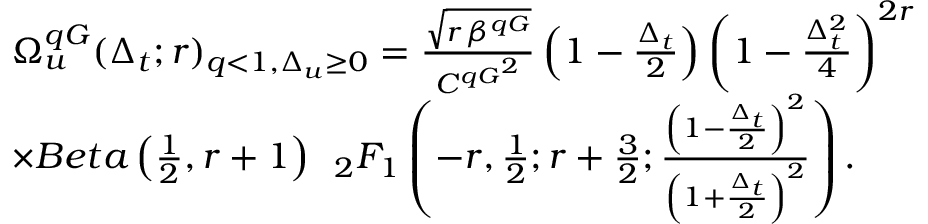
\begin{array} { r l } & { \Omega _ { u } ^ { q G } ( \Delta _ { t } ; r ) _ { q < 1 , \Delta _ { u } \ge 0 } = \frac { \sqrt { r \, \beta ^ { q G } } } { { C ^ { q G } } ^ { 2 } } \left( 1 - \frac { \Delta _ { t } } { 2 } \right) \left( 1 - \frac { \Delta _ { t } ^ { 2 } } { 4 } \right) ^ { 2 r } } \\ & { \times B e t a \left( \frac { 1 } { 2 } , r + 1 \right) \, \ _ { 2 } F _ { 1 } \left( - r , \frac { 1 } { 2 } ; r + \frac { 3 } { 2 } ; \frac { \left( 1 - \frac { \Delta _ { t } } { 2 } \right) ^ { 2 } } { \left( 1 + \frac { \Delta _ { t } } { 2 } \right) ^ { 2 } } \right) . } \end{array}